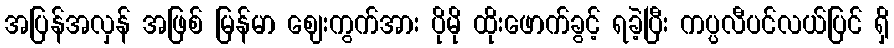
အပြန်အလှန် အဖြစ် မြန်မာ ဈေးကွက်အား ပိုမို ထိုးဖောက်ခွင့် ရခဲ့ပြီး ကပ္ပလီပင်လယ်ပြင် ရှိ